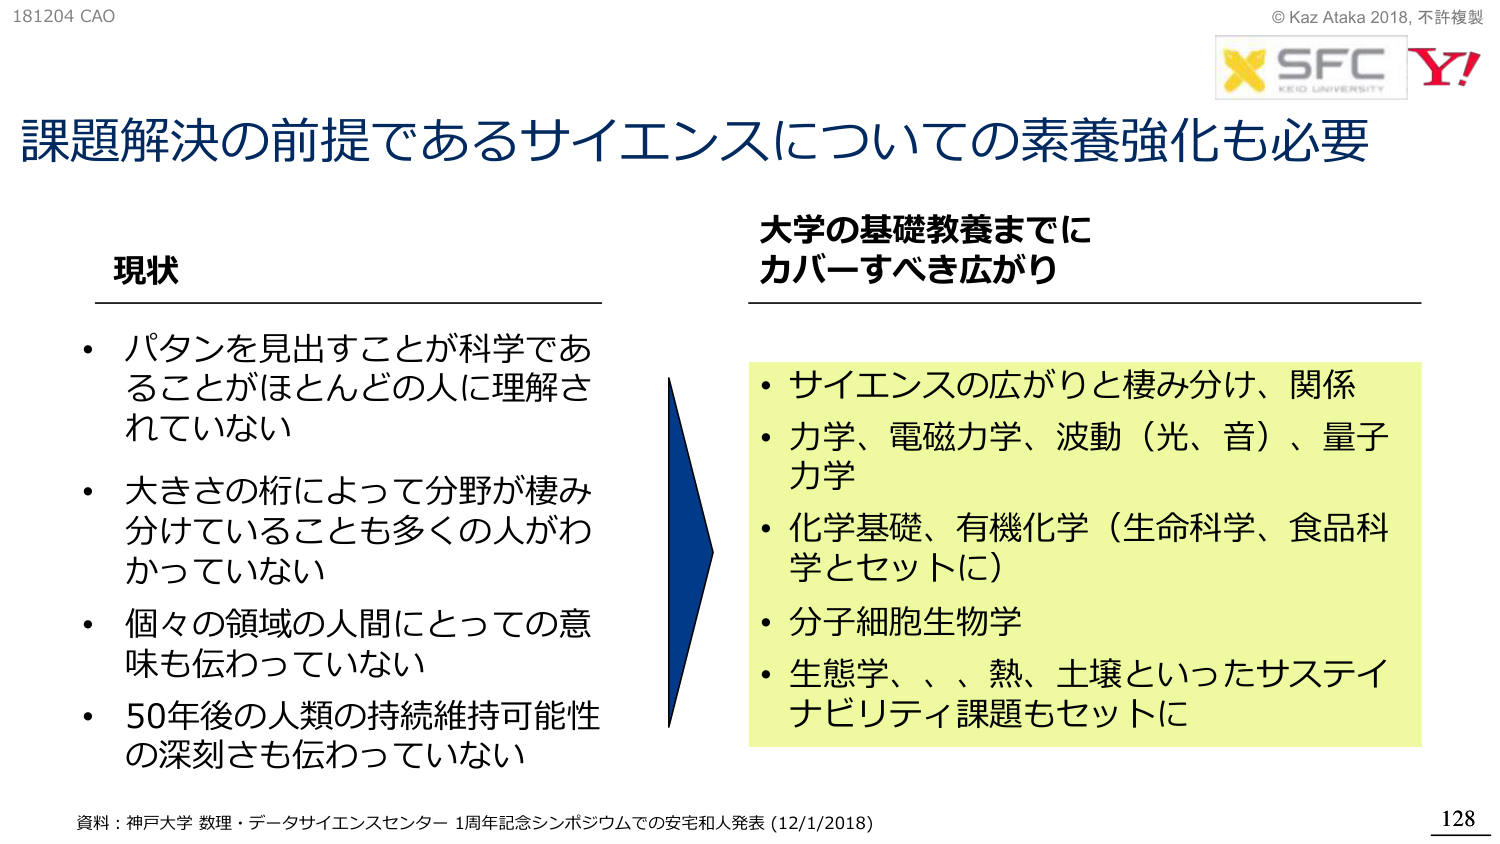
181204 CAO
© Kaz Ataka 2018, 不許複製
X SFC
KEIO UNIVERSITY
Y!

課題解決の前提であるサイエンスについての素養強化も必要

現状
・パタンを見出すことが科学であることがほとんどの人に理解されていない
・大きさの桁によって分野が棲み分けていることも多くの人がわかっていない
・個々の領域の人間にとっての意味も伝わっていない
・50年後の人類の持続維持可能性の深刻さも伝わっていない

大学の基礎教養までにカバーすべき広がり
・サイエンスの広がりと棲み分け、関係
・力学、電磁力学、波動（光、音）、量子力学
・化学基礎、有機化学（生命科学、食品科学とセットに）
・分子細胞生物学
・生態学、、、熱、土壌といったサステイナビリティ課題もセットに

資料：神戸大学 数理・データサイエンスセンター 1周年記念シンポジウムでの安宅和人発表 (12/1/2018)
128